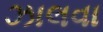
ઝાલવા